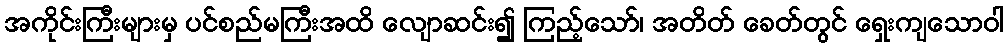
အကိုင်းကြီးများမှ ပင်စည်မကြီးအထိ လျောဆင်း၍ ကြည့်သော်၊ အတိတ် ခေတ်တွင် ရှေးကျသောဝါ